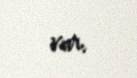
var.